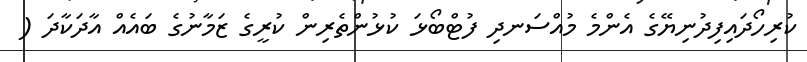
ކުރިހޯދައިފިދުނިޔޭގެ އެންމެ މުއްސަނދި ފުޓްބޯޅަ ކުޅުންތެރިން ކުރީގެ ޒަމާނުގެ ބައެއް އާދަކާދަ (